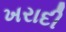
ખરાદી